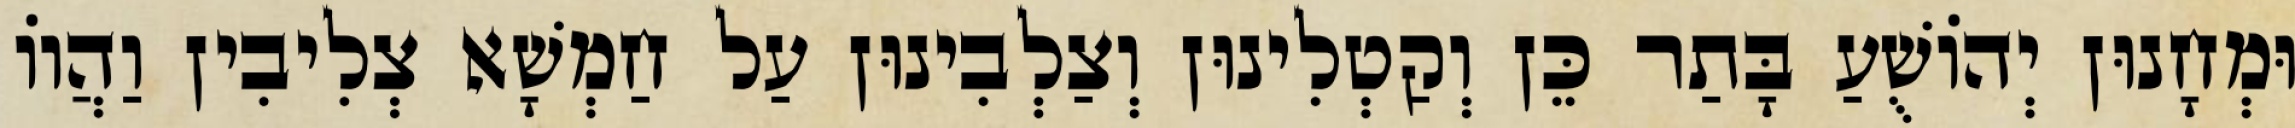
וּמְחָנוּן יְהוֹשֻׁעַ בָּתַר כֵּן וְקַטְלִינוּן וְצַלְבִינוּן עַל חַמְשָׁא צְלִיבִין וַהֲווֹ